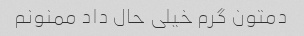
دمتون گرم خیلی حال داد ممنونم